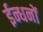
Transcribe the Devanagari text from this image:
ईन्धनों